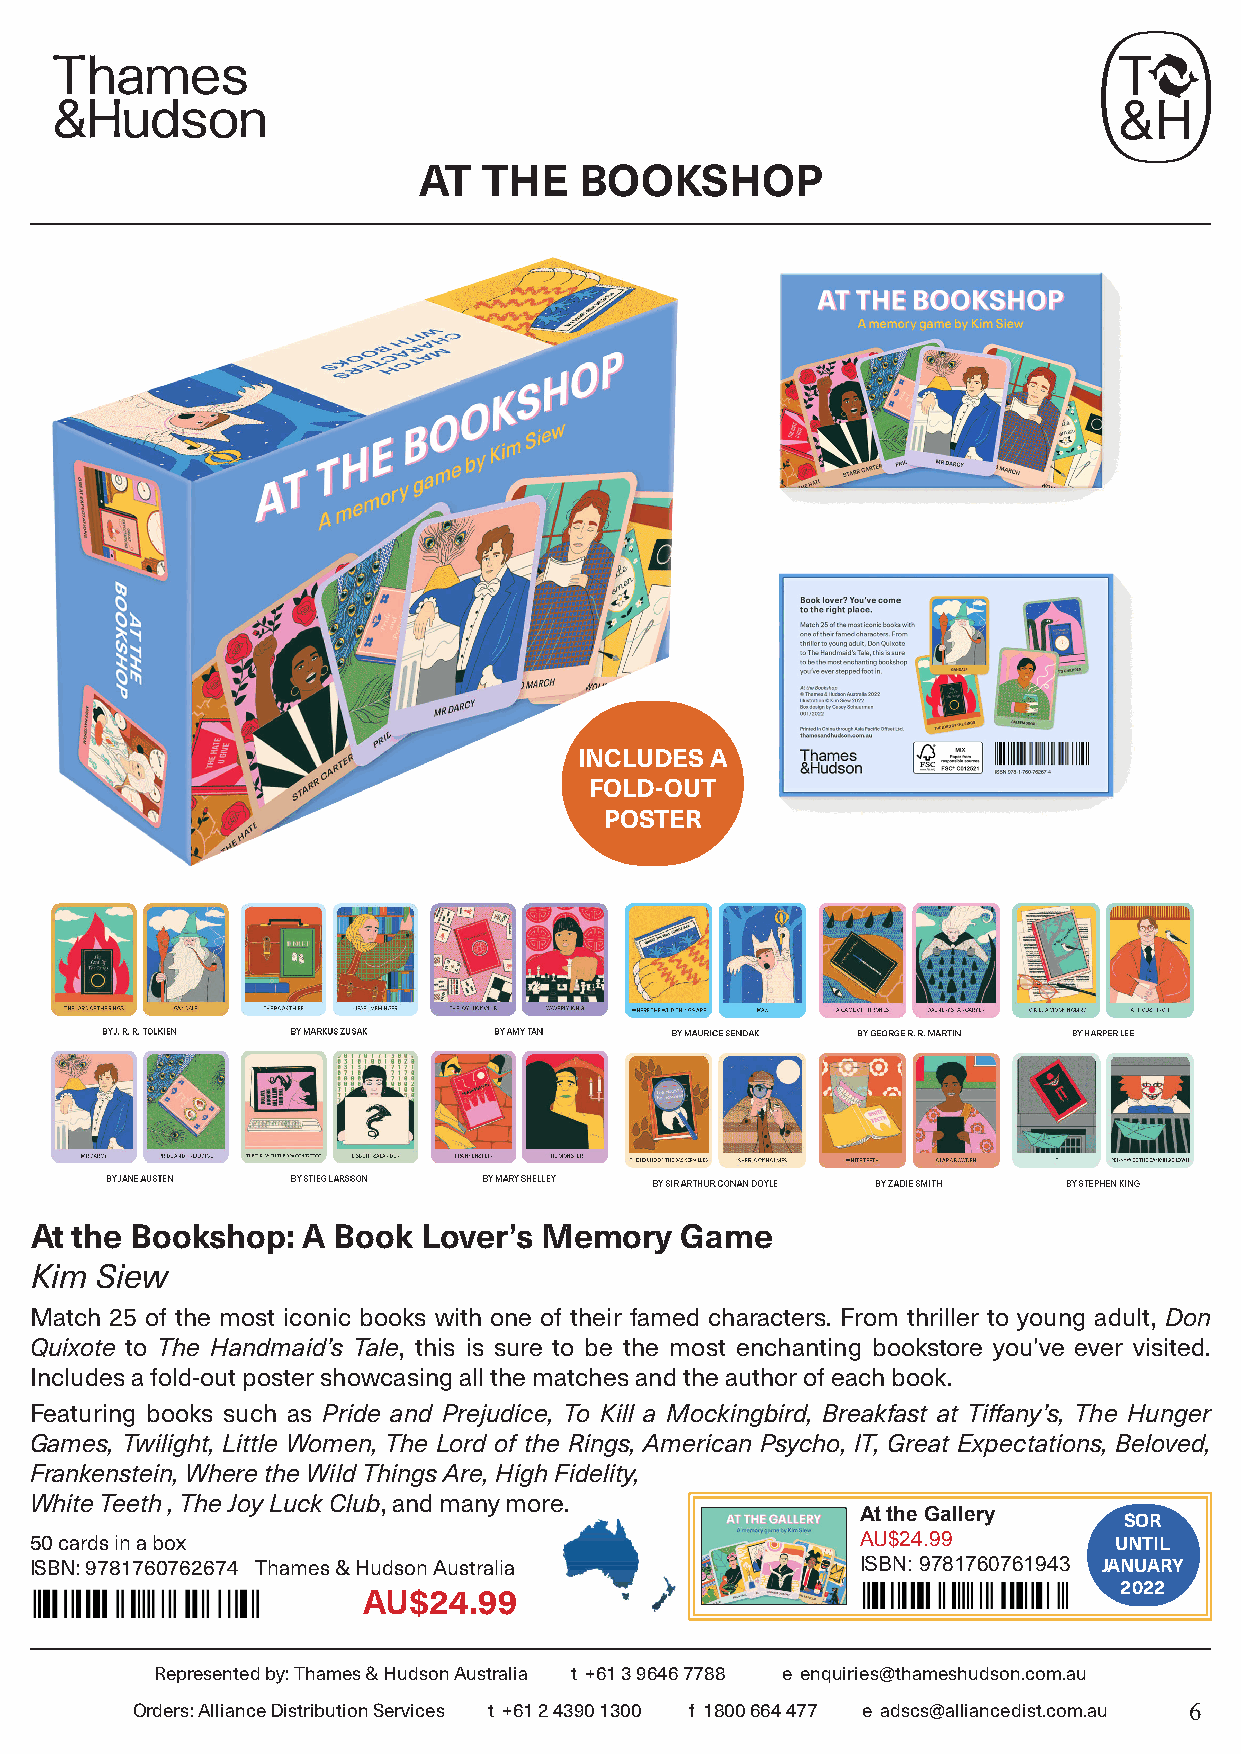
AT  THE   BOOKSHOP
 INCLUDES A
 FOLD-OUT
 POSTER
 At the Bookshop:  A Book  Lover’s Memory   Game
 Kim Siew
 Match 25 of the most iconic books with one of their famed characters. From thriller to young adult, Don
 Quixote to The Handmaid’s Tale, this is sure to be the most enchanting bookstore you’ve ever visited.
 Includes a fold-out poster showcasing all the matches and the author of each book.
 Featuring books such as Pride and Prejudice, To Kill a Mockingbird, Breakfast at Tiffany’s, The Hunger
 Games, Twilight, Little Women, The Lord of the Rings, American Psycho, IT, Great Expectations, Beloved,
 Frankenstein, Where the Wild Things Are, High Fidelity,
 White Teeth , The Joy Luck Club, and many more.
 At the Gallery   SOR
 50 cards in a box                                      AU$24.99         UNTIL
 ISBN: 9781760762674 Thames & Hudson Australia          ISBN: 9781760761943 JANUARY
 2022
 AU$24.99
 Represented by: Thames & Hudson Australia t +61 3 9646 7788 e enquiries@thameshudson.com.au
 Orders: Alliance Distribution Services t +61 2 4390 1300 f 1800 664 477 e adscs@alliancedist.com.au 6